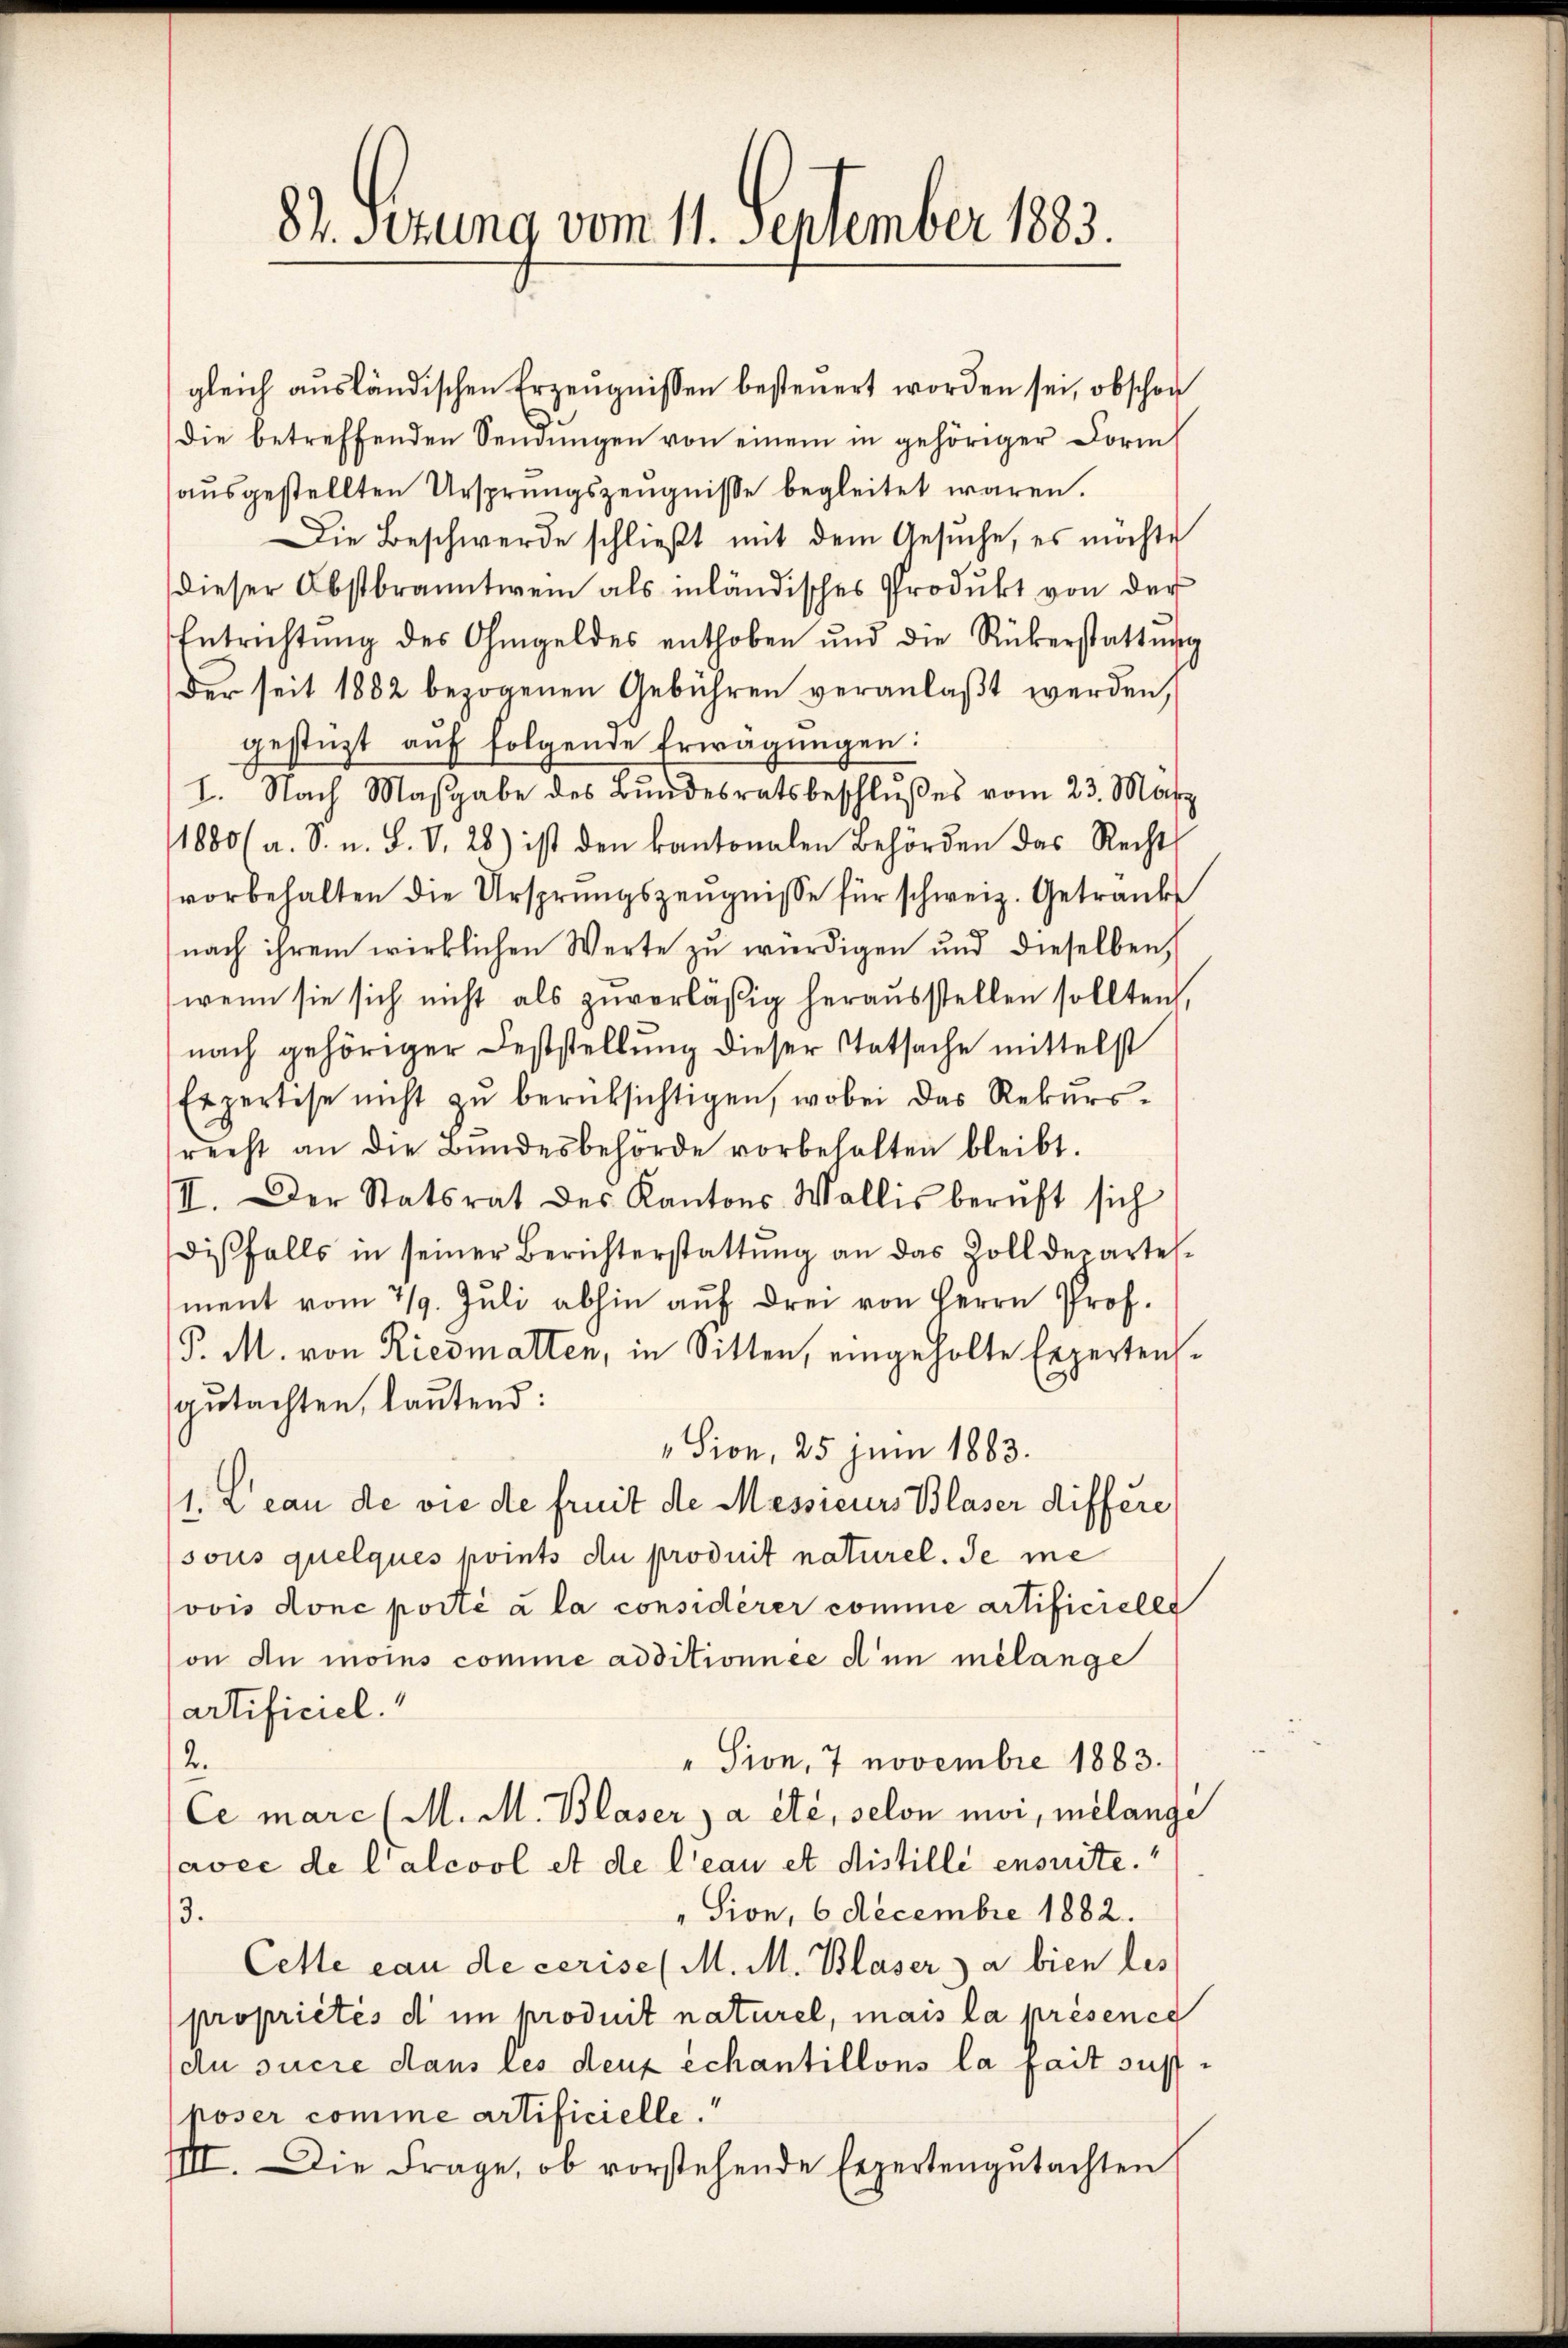
87. Sezung vom 11. September 1883.

gleich ausländischen Erzeugnissen besteuert worden sei, obschon
die betreffenden Sendŭngen von einem in gehöriger Form
aŭsgestellten Ursprungszeŭgnisse begleitet waren.
Die Beschwerde schlieβt mit dem Gesŭche, es möchte
dieser Obstbranntwein als inländisches Produkt von der
Entrichtŭng des Ohmgeldes enthoben und die Rükerstattŭng
der seit 1882 bezogenen Gebühren veranlaßt werden,
gestüzt auf folgende Erwägungen:
I. Nach Masgabe des Bundesratsbeschlußes vom 23. März
1880 (a. S. n. F. V. 28) ist den kantonalen Behörden das Recht
vorbehalten die Ursprungszeŭgnisse für schweiz. Getränk
nach ihrem wirklichen Werte zu würdigen und dieselben,
(wenn sie sich nicht als zuverläßig herausstellen sollten,
nach gehöriger Feststellung dieser Tatsache mittelst
Expertese nicht zŭ berüksichtigen, wobei das Rekurs-
recht an die Bŭndesbehörde vorbehalten bleibt.
III. Der Statsrat des Kantons Wallis beruft sich
disfalls in seiner Berichterstattŭng an das Zoll der artes-
ment vom 7/9. Juli abhin auf drei von Herrn Prof.
P. M. von Riedmatten, in Sitten, eingeholte Expertensgutachten, lautend:
"Sion, 25 Juni 1883.
1. Leau de vie de freit de Messieurs Blaser differe
sous quelques points du produit naturel. Je me
vvis donc porté à la considèrer comme artificielle
on de moins comme additionnée d’un mélange
artificiel
"Sion, 7 novembre 1883.
den
Ce marc (M. M. Blaser ja etc. selon moi, mélange
avec de l’alcool et de l’eau et distille ensuite.
"Sion, 6 Decembre 1882.
3.
Cette eau de cerise (M. M. Blaser, da bien les
propriétés d im produit naturel, mais la présence
du sucire dans les deux echantillons la fait susposer comme artificielle.
IIII. Die Frage, ob vorstehende Erzertengutachten